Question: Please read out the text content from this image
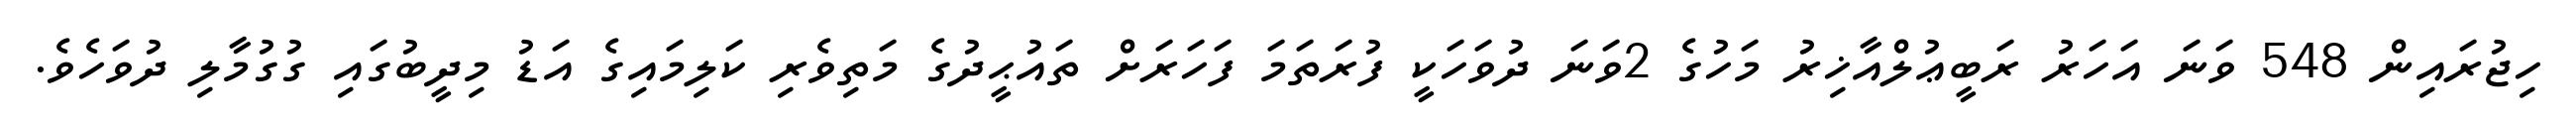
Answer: ހިޖުރައިން 548 ވަނަ އަހަރު ރަބީޢުލްއާޚިރު މަހުގެ 2ވަނަ ދުވަހަކީ ފުރަތަމަ ފަހަރަށް ތައުޙީދުގެ މަތިވެރި ކަލިމައިގެ އަޑު މިދީބުގައި ގުގުމާލި ދުވަހެވެ.